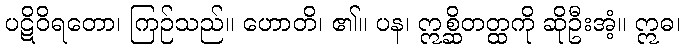
ပဋိဝိရတော၊ ကြဉ်သည်။ ဟောတိ၊ ၏။ ပန၊ ဣစ္ဆိတတ္ထကို ဆိုဦးအံ့။ ဣဓ၊